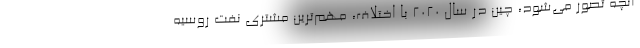
آنچه تصور می‌شود، چین در سال 2020 با اختلاف، مهم‌ترین مشتری نفت روسیه